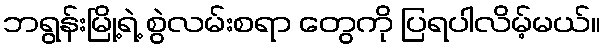
ဘရွန်းမြို့ရဲ့ စွဲလမ်းစရာ တွေကို ပြရပါလိမ့်မယ်။